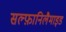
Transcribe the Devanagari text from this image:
सल्फ़ानिलैमाइड